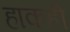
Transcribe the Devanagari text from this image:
हाकही